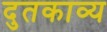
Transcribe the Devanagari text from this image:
दुतकाव्य